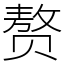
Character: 赘